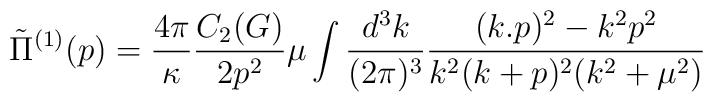
\tilde{\Pi}^{(1)} (p)         = \frac{4\pi}{\kappa} \frac{C_2 (G)}{2p^2}\mu              \int \frac{d^3 k}{(2\pi)^3}               \frac{(k.p)^2 - k^2 p^2}{k^2 (k+p)^2 (k^2 + \mu ^2)}